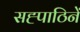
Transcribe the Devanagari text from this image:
सह्पाठिनें